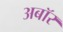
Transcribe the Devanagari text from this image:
अबॉर